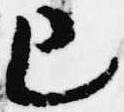
已